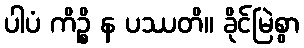
ပါပံ ကိဉ္စိ န ပဿတိ။ ခိုင်မြဲစွာ